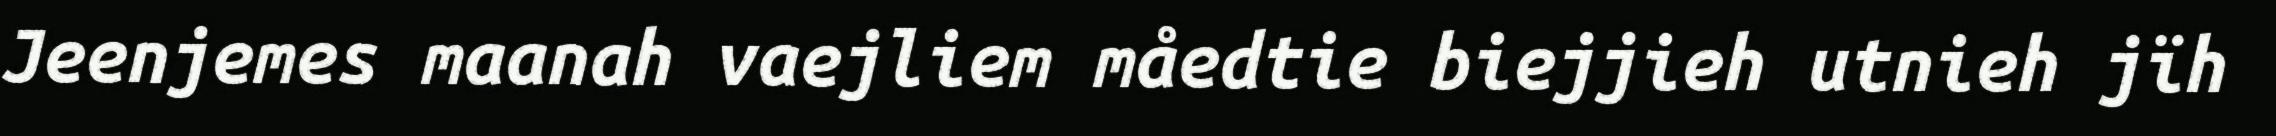
Jeenjemes maanah vaejliem måedtie biejjieh utnieh jïh